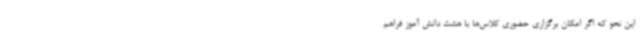
این نحو که اگر امکان برگزاری حضوری کلاس‌ها با هشت دانش آموز فراهم